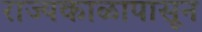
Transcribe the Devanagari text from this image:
राज्यकाळापासून